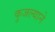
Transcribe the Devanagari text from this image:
कुजल्याने